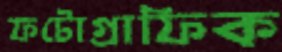
ফটোগ্রাফিক